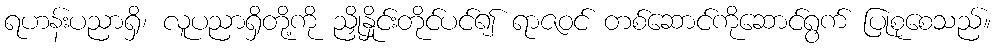
ရဟန်းပညာရှိ၊ လူပညာရှိတို့ကို ညှိုနှိုင်းတိုင်ပင်၍ ရာဇဝင် တစ်ဆောင်ကိုဆောင်ရွက် ပြုစုစေသည်။